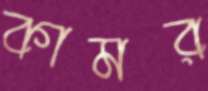
কামর